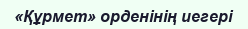
«Құрмет» орденінің иегері